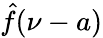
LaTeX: {\hat{f}}(\nu-a)